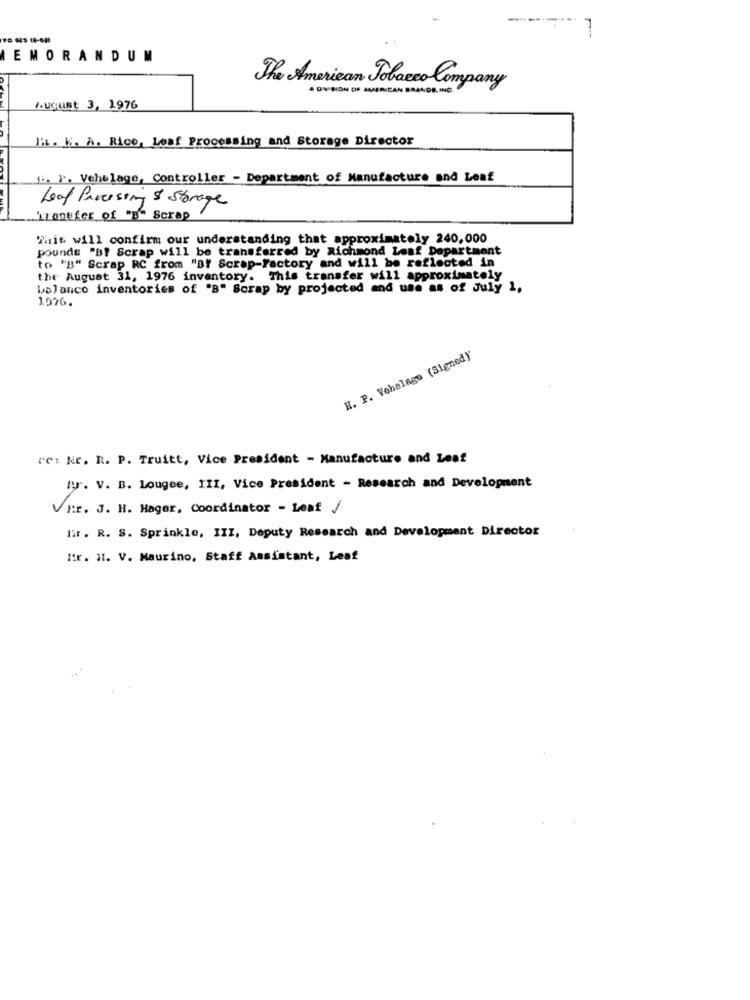
IEMORANDUM
The American Tobacco Company
. DYBION OF AMERICAN BRANDS INC.
August 3, 1976
Ex . V. A. Rice, Leaf Processing and Storage Director
i. P. Vehulage, Controller - Department of Manufacture and Leaf
Leaf Processing & Storage
Transfer of "B" Scrap
This will confirm our understanding that approximately 240,000
pounds "BY Scrap will be transferred by Richmond Leaf Department
to "B" Scrap RC from "BY Scrap-Factory and will be reflected in
the August 31, 1976 inventory. This transfer will approximately
balance inventories of "B" Scrap by projected and use as of July 1,
1976.
H. P. Vehalago (Signed)'
cc: kr. R. P. Truitt, Vice President - Manufacture and Leaf
IV. V. B. Lougee, III, Vice President - Research and Development
Vhr. J. H. Hager, Coordinator - Leaf /
Har. R. S. Sprinkle, III, Deputy Research and Development Director
Mir. il. V. Maurino, Staff Assistant, Leaf